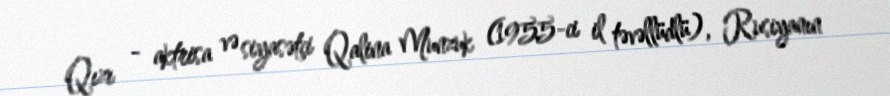
Qızı - aktrisa və siyasətçi Qalina Munzuk (1955-ci il təvəllüdlü), Rusiyanın